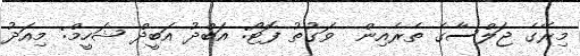
މިރޭގެ ޖަލްސާގެ ތެރެއިން  ވަގުތު ފޮޓޯ: އަބްދު އަބީދް ޝަހީމް: މިއަދު